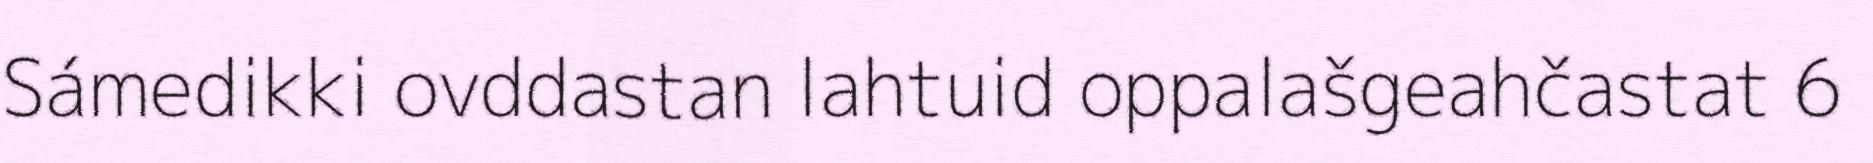
Sámedikki ovddastan lahtuid oppalašgeahčastat 6